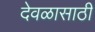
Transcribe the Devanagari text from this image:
देवळासाठी